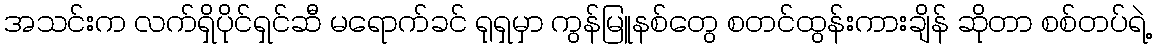
အသင်းက လက်ရှိပိုင်ရှင်ဆီ မရောက်ခင် ရုရှမှာ ကွန်မြူနစ်တွေ စတင်ထွန်းကားချိန် ဆိုတာ စစ်တပ်ရဲ့